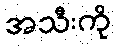
အသီးကို